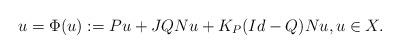
\begin{align*}u = \Phi(u):= Pu + JQNu + K_{P}(Id-Q)Nu, u\in X.\end{align*}